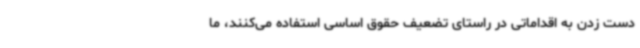
دست زدن به اقداماتی در راستای تضعیف حقوق اساسی استفاده می‌کنند، ما